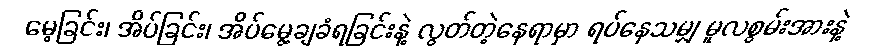
မေ့ခြင်း၊ အိပ်ခြင်း၊ အိပ်မွေ့ချခံရခြင်းနဲ့ လွတ်တဲ့နေရာမှာ ရပ်နေသမျှ မူလစွမ်းအားနဲ့